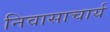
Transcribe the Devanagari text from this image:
निवासाचार्य